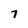
Character: 7